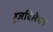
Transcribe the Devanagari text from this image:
बुज़दिलेपन